Annual report on the mental hospital in the Central Provinces and Berar (Nagpur) - 1927-1951
Year: 1927
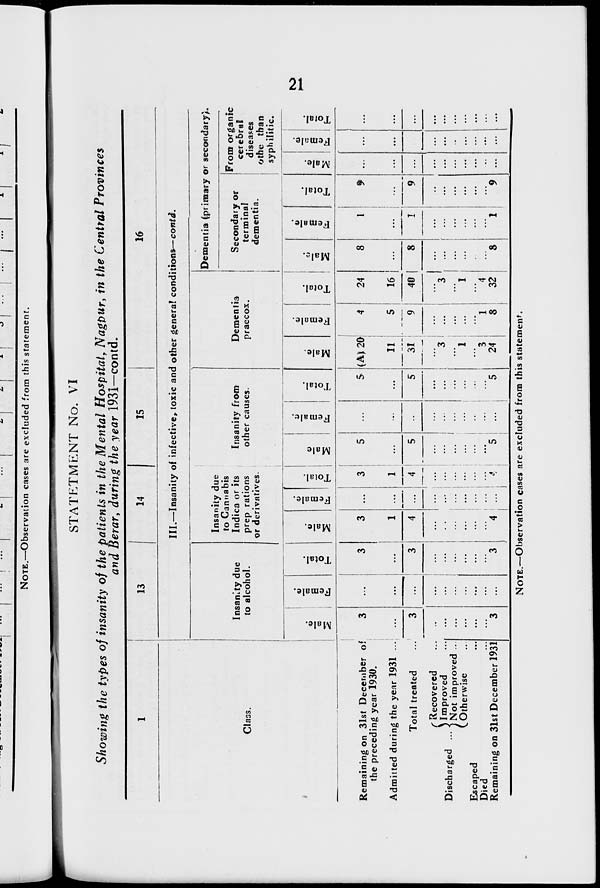
21
STATEMENT No. VI
Showing the types of insanity of the patients in the Mental Hospital, Nagpur, in the Central Provinces
and Berar, during the year 1931—contd.
1
Class.
Remaining on 31st December of
the preceding year 1930.
Admitted during the year 1931 ...
Total treated ...
Discharged ...
Recovered ...
Improved ...
Not improved ...
Otherwise ...
Escaped ...
Died ...
Remaining on 31st December 1931
13
14
15
16
III.—Insanity of infective, toxic and other general conditions—contd.
Insanity due
to alcohol.
Male.
3
...
3
...
...
...
...
...
...
3
Female.
...
...
...
...
...
...
...
...
...
...
Total.
3
...
3
...
...
...
...
...
...
3
Insanity due
to Cannabis
Indica or its
preparations
or derivatives.
Male.
3
1
4
...
...
...
...
...
...
4
Female.
...
...
...
...
...
...
...
...
...
...
Total.
3
1
4
...
...
...
...
...
...
4
Insanity from
other causes.
Male.
5
...
5
...
...
...
...
...
...
5
Female.
...
...
...
...
...
...
...
...
...
...
Total.
5
...
5
...
...
...
...
...
...
5
Dementia
praecox.
Male.
(A) 20
11
31
...
3
...
1
...
3
24
Female.
4
5
9
...
...
...
...
...
1
8
Total.
24
16
40
...
3
...
1
...
4
32
Dementia (primary or secondary).
Secondary or
terminal
dementia.
Male.
8
...
8
...
...
...
...
...
...
8
Female.
1
...
1
...
...
...
...
...
...
1
Total.
9
...
9
...
...
...
...
...
...
9
From organic
cerebral
diseases
other than
syphilitic.
Male.
...
...
...
...
...
...
...
...
...
...
Female.
...
...
...
...
...
...
...
...
...
...
Total.
...
...
...
...
...
...
...
...
...
...
NOTE.—Observation cases are excluded from this statement.